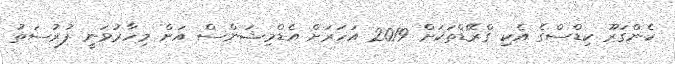
ކެންގަރޫ ކިޑްސްގެ އެކި ގްރޭޑްތަކަށް 2019 އަހަރަށް އެޑްމިޝަންސް އަށް މިހާރުވަނީ ފުރުސަތު